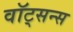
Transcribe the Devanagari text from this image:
वॉट्सन्स